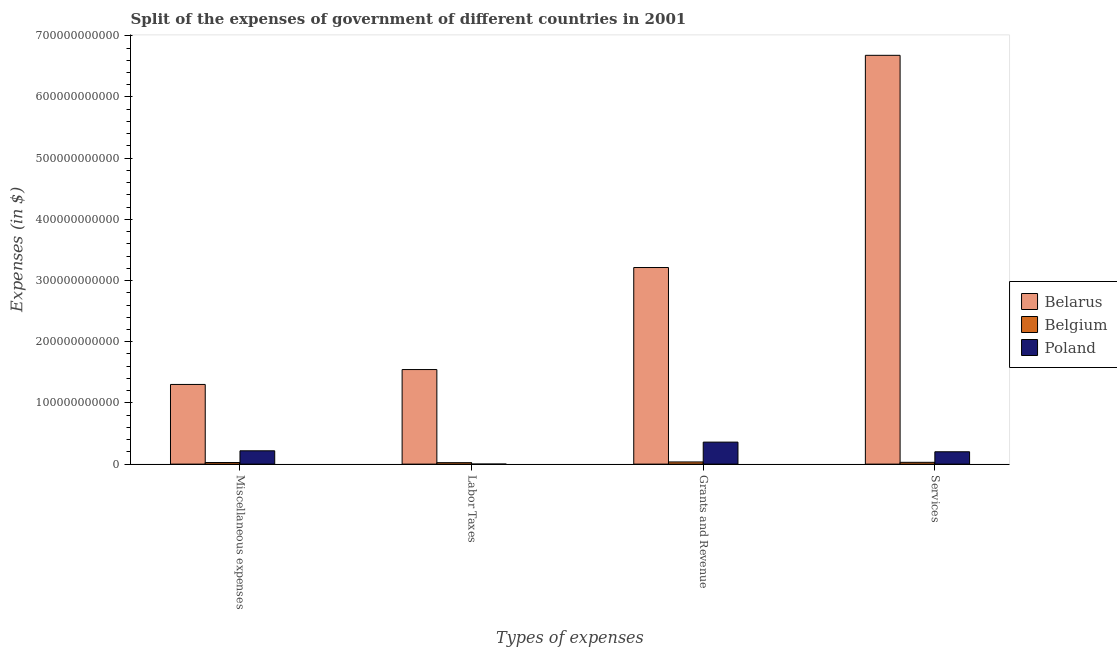
| Types of expenses | Belarus | Belgium | Poland |
 | --- | --- | --- | --- |
 | Miscellaneous expenses | 1.3e+11 | 2.59e+09 | 2.17e+10 |
 | Labor Taxes | 1.55e+11 | 2.36e+09 | 2.5e+07 |
 | Grants and Revenue | 3.21e+11 | 3.54e+09 | 3.6e+10 |
 | Services | 6.68e+11 | 2.94e+09 | 2.02e+10 |